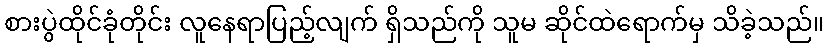
စားပွဲထိုင်ခုံတိုင်း လူနေရာပြည့်လျက် ရှိသည်ကို သူမ ဆိုင်ထဲရောက်မှ သိခဲ့သည်။